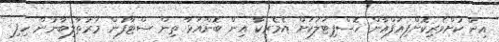
އިން ކުށްވެރިކޮށްފިއަފްޣާން ހޮސްޕިޓަލަކަށް އެމެރިކާ އިން ބޮންއަޅާ ތިން ސްޓާފުން މަރުތާލިބާނުން ހިފި